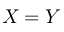
X = Y